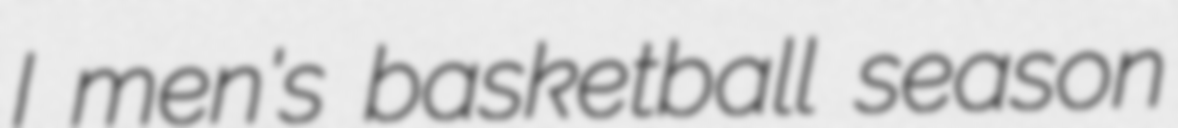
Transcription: I men's basketball season